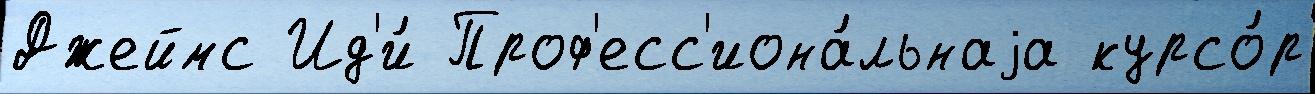
Джеймс Ид'и́ Проф'есс'иона́льнаjа курсо́р